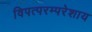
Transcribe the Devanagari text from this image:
विपत्परम्परेशाय